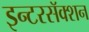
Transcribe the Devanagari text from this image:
इन्टरसॅक्शन